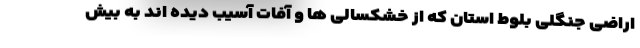
اراضی جنگلی بلوط استان که از خشکسالی ها و آفات آسیب دیده اند به بیش